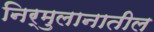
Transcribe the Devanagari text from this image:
निर्मुलानातील